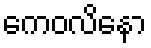
ကေဝလိနော